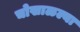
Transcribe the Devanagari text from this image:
चोखाळल्या